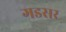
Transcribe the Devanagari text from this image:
गडसर